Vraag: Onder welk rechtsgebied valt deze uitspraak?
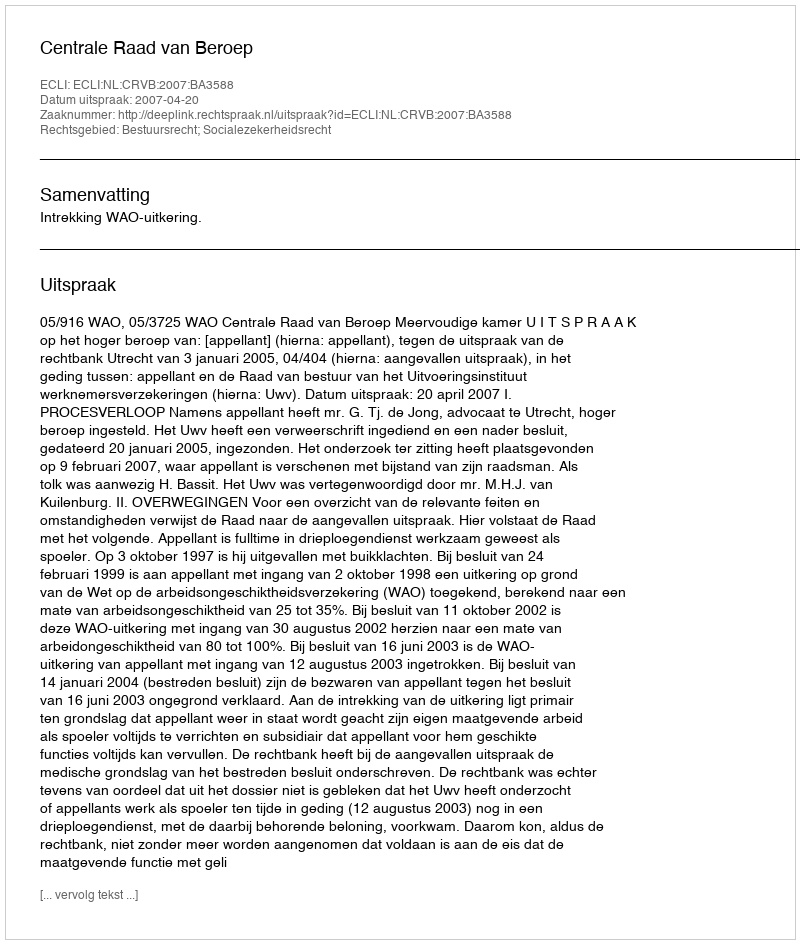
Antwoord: Bestuursrecht; Socialezekerheidsrecht